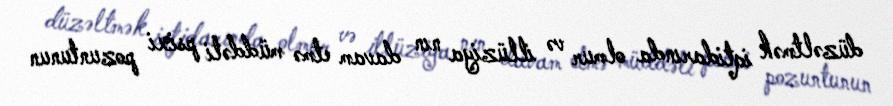
düzəltmək iqtidarında olmur və illüziya nın davam etmə müddəti psixi pozuntunun